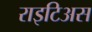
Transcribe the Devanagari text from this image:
राइटिअस